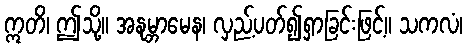
ဣတိ၊ ဤသို့။ အနုမ္ဘာမေန၊ လှည့်ပတ်၍ရှာခြင်းဖြင့်။ သကလံ၊